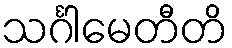
သင်္ဂါမေတီတိ